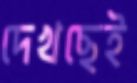
দেখছেই